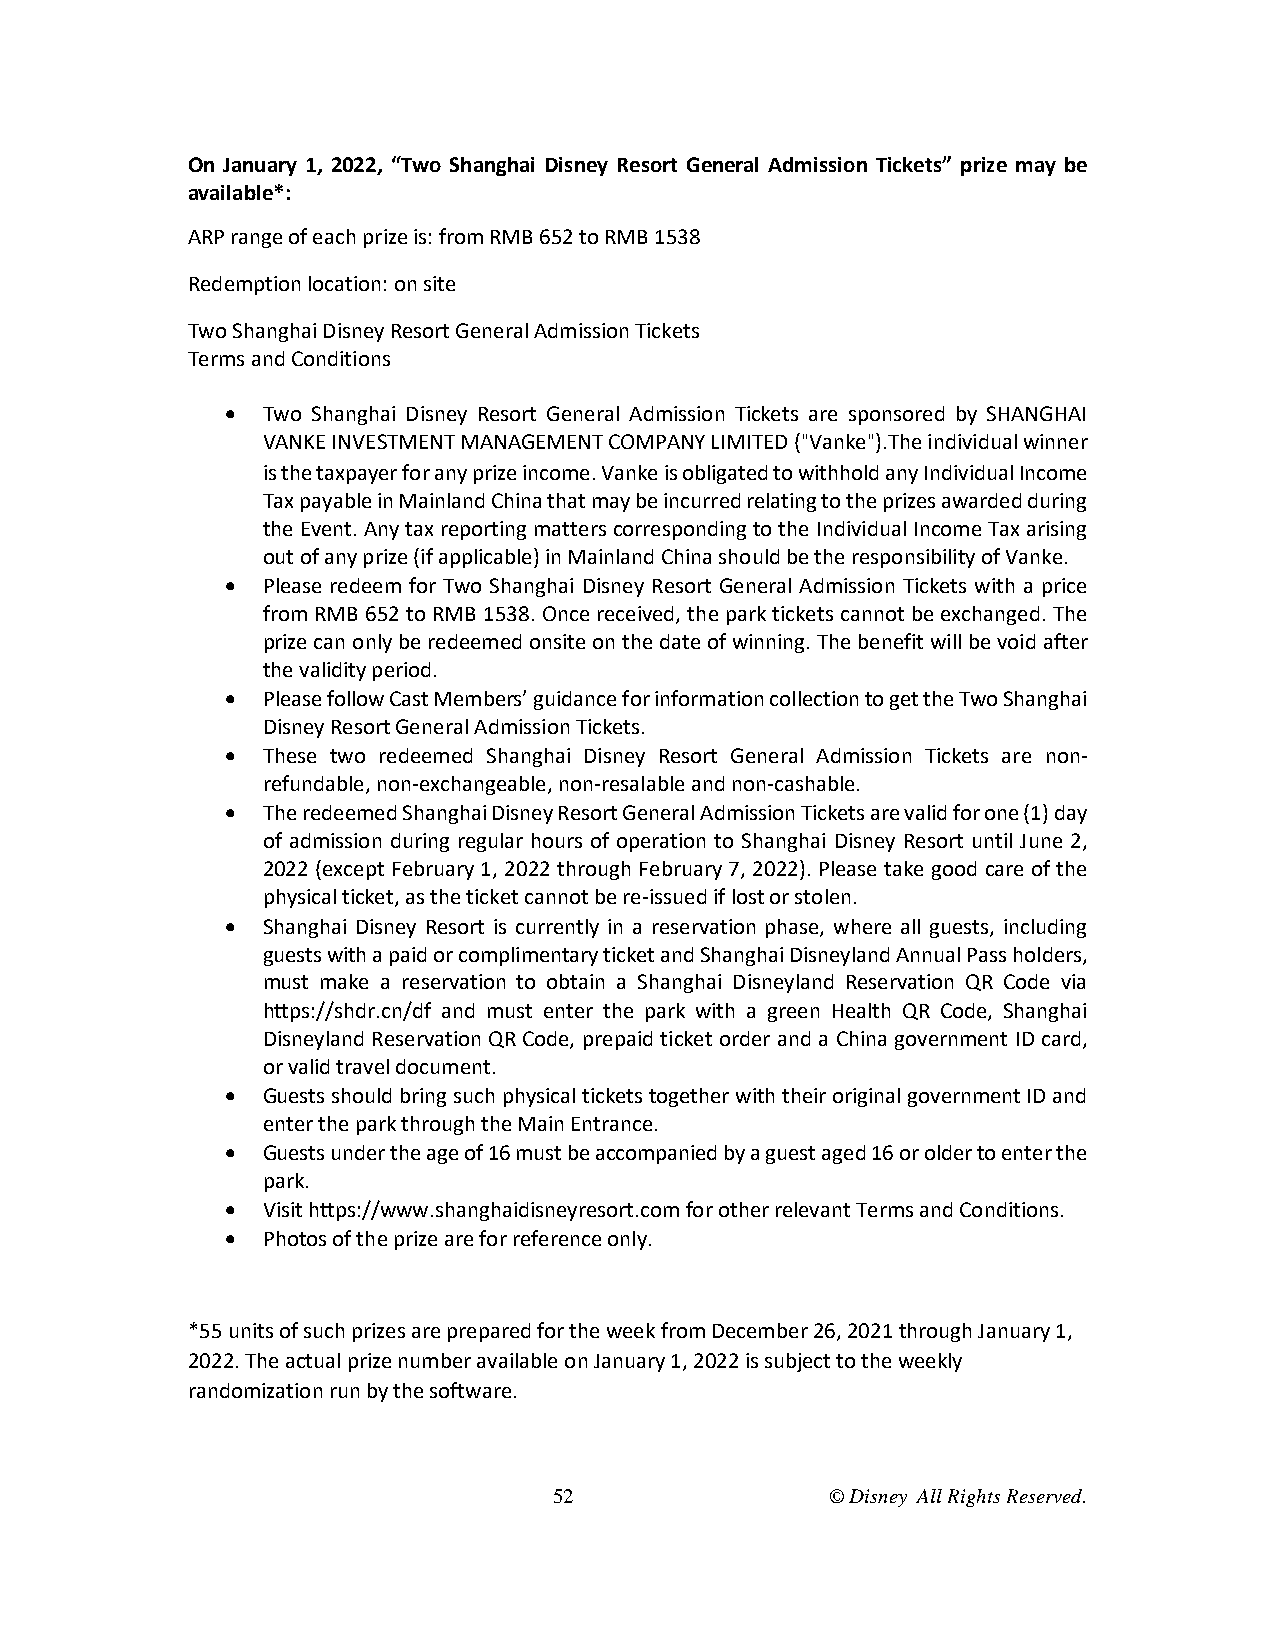
On January 1, 2022, “Two Shanghai Disney Resort General Admission Tickets” prize may be
 available*:
 ARP range of each prize is: from RMB 652 to RMB 1538
 Redemption location: on site
 Two Shanghai Disney Resort General Admission Tickets
 Terms and Conditions
  Two Shanghai Disney Resort General Admission Tickets are sponsored by SHANGHAI
 VANKE INVESTMENT MANAGEMENT COMPANY LIMITED (“Vanke”).The individual winner
 is the taxpayer for any prize income. Vanke is obligated to withhold any Individual Income
 Tax payable in Mainland China that may be incurred relating to the prizes awarded during
 the Event. Any tax reporting matters corresponding to the Individual Income Tax arising
 out of any prize (if applicable) in Mainland China should be the responsibility of Vanke.
  Please redeem for Two Shanghai Disney Resort General Admission Tickets with a price
 from RMB 652 to RMB 1538. Once received, the park tickets cannot be exchanged. The
 prize can only be redeemed onsite on the date of winning. The benefit will be void after
 the validity period.
  Please follow Cast Members’ guidance for information collection to get the Two Shanghai
 Disney Resort General Admission Tickets.
  These two redeemed Shanghai Disney Resort General Admission Tickets are non-
 refundable, non-exchangeable, non-resalable and non-cashable.
  The redeemed Shanghai Disney Resort General Admission Tickets are valid for one (1) day
 of admission during regular hours of operation to Shanghai Disney Resort until June 2,
 2022 (except February 1, 2022 through February 7, 2022). Please take good care of the
 physical ticket, as the ticket cannot be re-issued if lost or stolen.
  Shanghai Disney Resort is currently in a reservation phase, where all guests, including
 guests with a paid or complimentary ticket and Shanghai Disneyland Annual Pass holders,
 must make a reservation to obtain a Shanghai Disneyland Reservation QR Code via
 https://shdr.cn/df and must enter the park with a green Health QR Code, Shanghai
 Disneyland Reservation QR Code, prepaid ticket order and a China government ID card,
 or valid travel document.
  Guests should bring such physical tickets together with their original government ID and
 enter the park through the Main Entrance.
  Guests under the age of 16 must be accompanied by a guest aged 16 or older to enter the
 park.
  Visit https://www.shanghaidisneyresort.com for other relevant Terms and Conditions.
  Photos of the prize are for reference only.
 *55 units of such prizes are prepared for the week from December 26, 2021 through January 1,
 2022. The actual prize number available on January 1, 2022 is subject to the weekly
 randomization run by the software.
 52                © Disney All Rights Reserved.